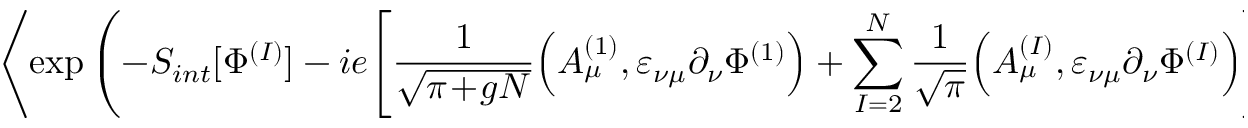
\Bigg \langle \! \exp \left( - S _ { i n t } [ \Phi ^ { ( I ) } ] - i e \Bigg [ \frac { 1 } { \sqrt { \pi \! + \! g N } } \Big ( A _ { \mu } ^ { ( 1 ) } , \varepsilon _ { \nu \mu } \partial _ { \nu } \Phi ^ { ( 1 ) } \Big ) + \sum _ { I = 2 } ^ { N } \frac { 1 } { \sqrt { \pi } } \Big ( A _ { \mu } ^ { ( I ) } , \varepsilon _ { \nu \mu } \partial _ { \nu } \Phi ^ { ( I ) } \Big ) \Bigg ] \right) \! \Bigg \rangle _ { \! \{ K ^ { ( I ) } \} } .